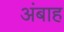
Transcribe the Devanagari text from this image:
अंबाह